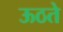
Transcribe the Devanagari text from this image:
ऊठते